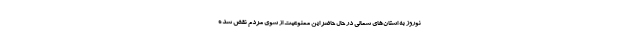
نوروز به استان‌های شمالی در حال حاضر این ممنوعیت از سوی مردم نقض شده